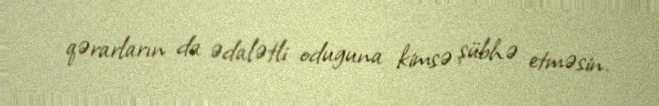
qərarların da ədalətli oduguna kimsə şübhə etməsin.